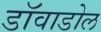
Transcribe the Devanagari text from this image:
डाॅवाडोल